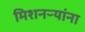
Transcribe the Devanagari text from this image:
मिशनऱ्यांना